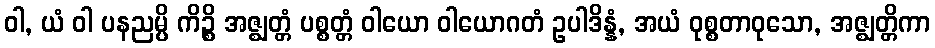
ဝါ, ယံ ဝါ ပနညမ္ပိ ကိဉ္စိ အဇ္ဈတ္တံ ပစ္စတ္တံ ဝါယော ဝါယောဂတံ ဥပါဒိန္နံ, အယံ ဝုစ္စတာဝုသော, အဇ္ဈတ္တိကာ